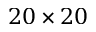
2 0 \times 2 0